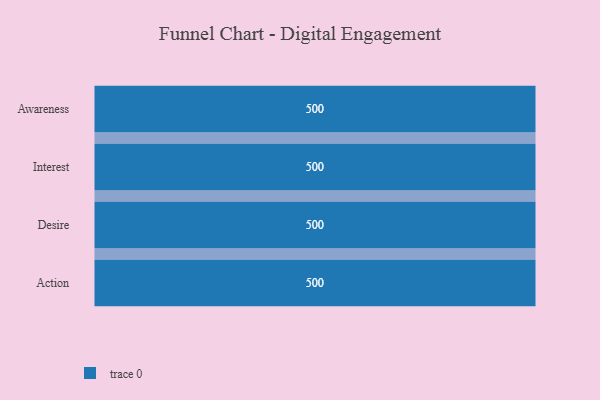
{"axis": {"x": "Stage", "y": "Value"}, "legend": [""], "data": [{"x": "Awareness", "y": 500, "type": ""}, {"x": "Interest", "y": 500, "type": ""}, {"x": "Desire", "y": 500, "type": ""}, {"x": "Action", "y": 500, "type": ""}]}